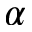
\alpha